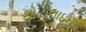
ફોટોલાઇન